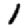
Digit: 1